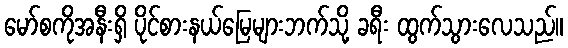
မော်စကိုအနီးရှိ ပိုင်စားနယ်မြေများဘက်သို့ ခရီး ထွက်သွားလေသည်။